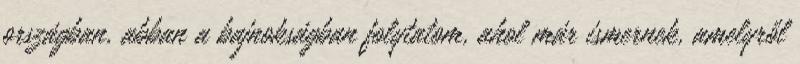
országban, abban a bajnokságban folytatom, ahol már ismernek, amelyről